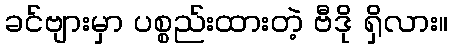
ခင်ဗျားမှာ ပစ္စည်းထားတဲ့ ဗီဒို ရှိလား။